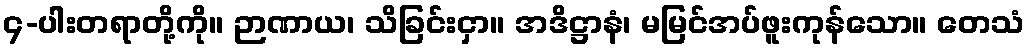
၄-ပါးတရာတို့ကို။ ဉာဏာယ၊ သိခြင်းငှာ။ အဒိဋ္ဌာနံ၊ မမြင်အပ်ဖူးကုန်သော။ တေသံ